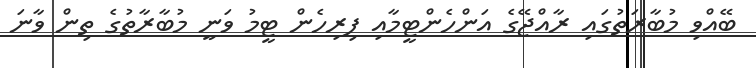
ބޭއްވި މުބާރަތުގައި ރާއްޖޭގެ އަންހެންޓީމާއި ފިރިހެން ޓީމު ވަނީ މުބާރާތުގެ ތިން ވާނަ